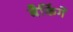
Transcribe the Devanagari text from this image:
बैकिंगें